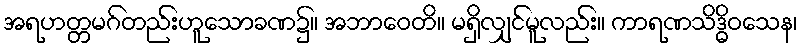
အရဟတ္တမဂ်တည်းဟူသောခဏ၌။ အဘာဝေတိ။ မရှိလျှင်မူလည်း။ ကာရဏသိဒ္ဓိဝသေန၊